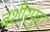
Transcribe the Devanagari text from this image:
बशीरपुरा